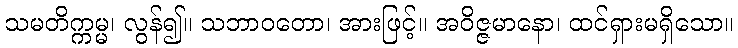
သမတိက္ကမ္မ၊ လွန်၍။ သဘာဝတော၊ အားဖြင့်။ အဝိဇ္ဇမာနော၊ ထင်ရှားမရှိသော။